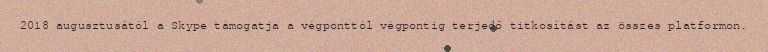
2018 augusztusától a Skype támogatja a végponttól végpontig terjedő titkosítást az összes platformon.